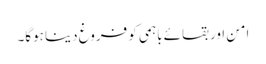
امن اور بقائے باہمی کو فروغ دینا ہوگا۔